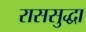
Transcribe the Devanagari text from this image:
राससुद्धा